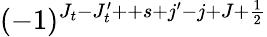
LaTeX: (-1)^{J_{t}-J_{t}^{\prime}++s+j^{\prime}-j+J+\frac{1}{2}}